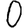
Digit: 0